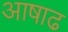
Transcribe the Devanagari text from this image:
अाषाढ